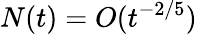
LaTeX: N(t)=O(t^{-2/5})